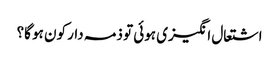
اشتعال انگیزی ہوئی تو ذمہ دار کون ہو گا؟